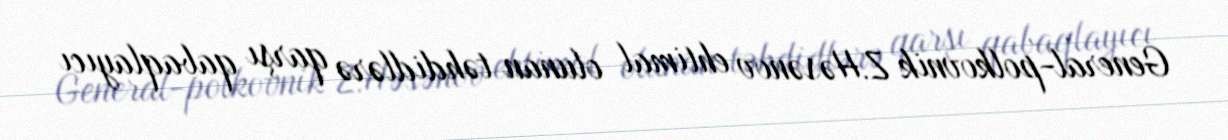
General-polkovnik Z.Həsənov ehtimal olunan təhdidlərə qarşı qabaqlayıcı